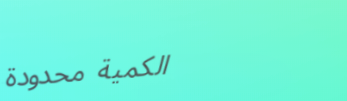
الكمية محدودة